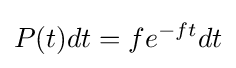
P(t)dt=fe^{-ft}dt